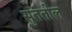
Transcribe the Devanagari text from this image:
सुततील